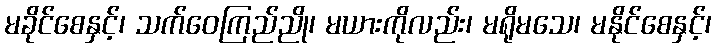
မခိုင်စေနှင့်၊ သက်ဝေကြည်ညို၊ မယားကိုလည်း၊ မရိုမသေ၊ မနိုင်စေနှင့်၊